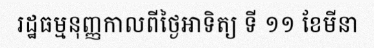
រដ្ឋធម្មនុញ្ញកាលពីថ្ងៃអាទិត្យ ទី ១១ ខែមីនា